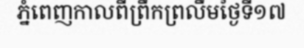
ភ្នំពេញកាលពីព្រឹកព្រលឹមថ្ងៃទី១៧